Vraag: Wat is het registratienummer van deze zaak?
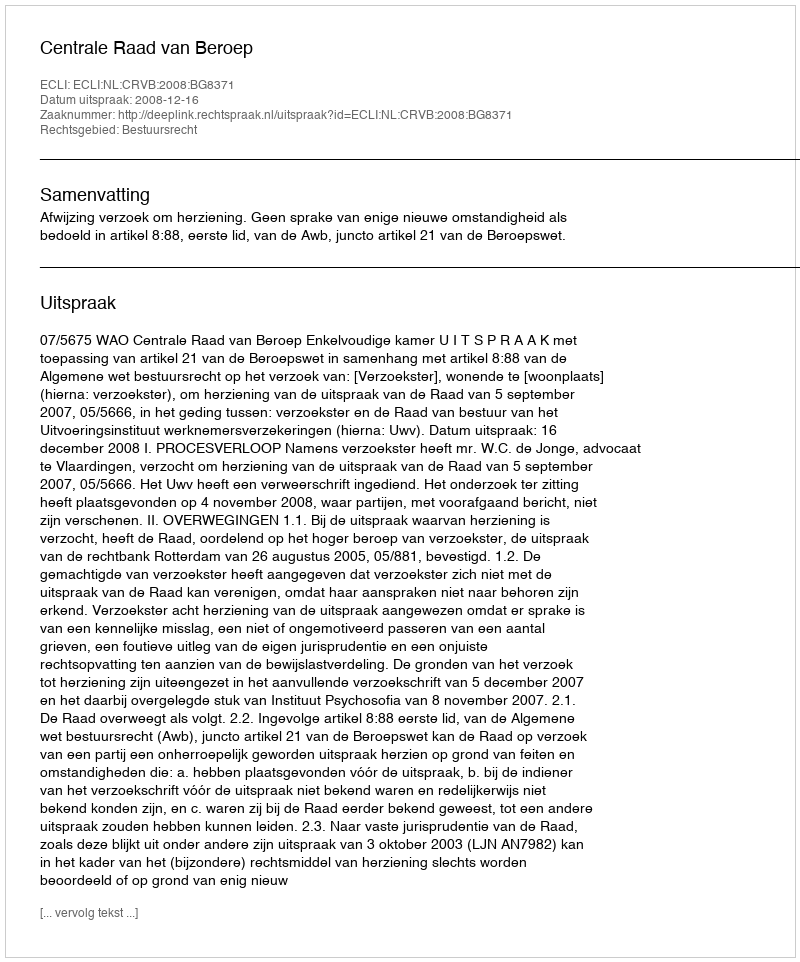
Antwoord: http://deeplink.rechtspraak.nl/uitspraak?id=ECLI:NL:CRVB:2008:BG8371